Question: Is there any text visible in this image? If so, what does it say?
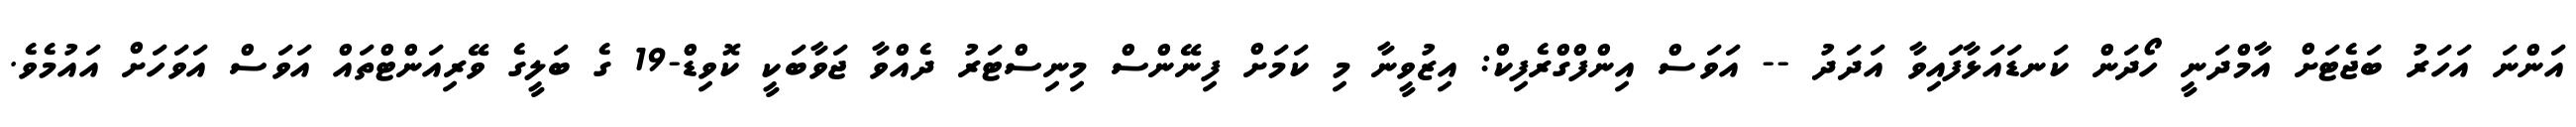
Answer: އަންނަ އަހަރު ބަޖެޓަށް އާމްދަނީ ހޯދަން ކަނޑައަޅާފައިވާ އަދަދު -- އަވަސް އިންފްގްރެފިކް: އިޒުވީނާ މި ކަމަށް ފިނޭންސް މިނިސްޓަރު ދެއްވާ ޖަވާބަކީ ކޮވިޑް-19 ގެ ބަލީގެ ވޭރިއަންޓްތައް އަވަސް އަވަހަށް އައުމެވެ.